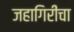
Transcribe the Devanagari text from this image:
जहागिरींचा